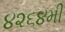
૪૨૬૪મી